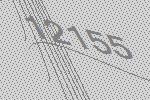
12155